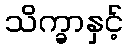
သိက္ခာနှင့်